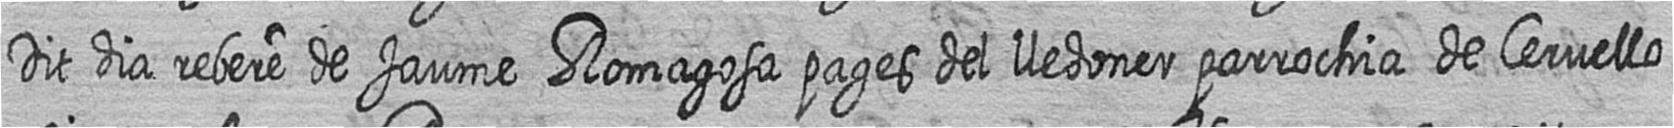
Dit dia rebere de Jaume Romagosa pages del lledoner parrochia de Cervello